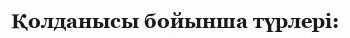
Қолданысы бойынша түрлері: